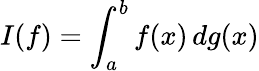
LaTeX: I(f)=\int_{a}^{b}f(x)\, dg(x)